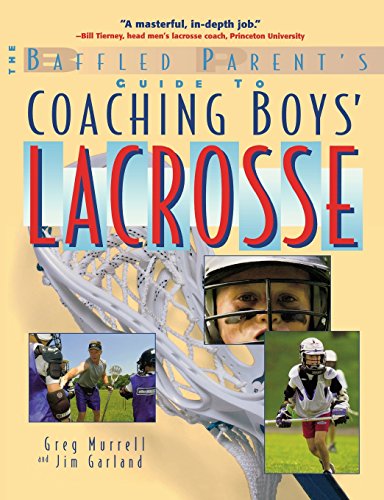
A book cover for Coaching Boys' Lacrosse: A Baffled Parent's Guide; Gregory P. Murrell; Sports & Outdoors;